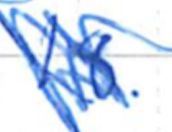
Text: 18.
Cross-out: scratch
Writing tool: ballpoint